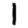
Digit: 1